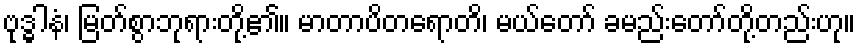
ဗုဒ္ဓါနံ၊ မြတ်စွာဘုရားတို့၏။ မာတာပိတရောတိ၊ မယ်တော် ခမည်းတော်တို့တည်းဟု။